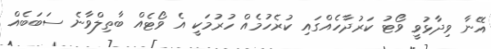
އޭނާ ވިދާޅުވީ ވޯޓު ކަރުދާހެއްގައި ކުރެހުމެއް ހުރުމަކީ އެ ވޯޓެއް ބާތިލްވާނެ ސަބަބެއް